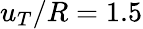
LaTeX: u_{T}/R=1.5